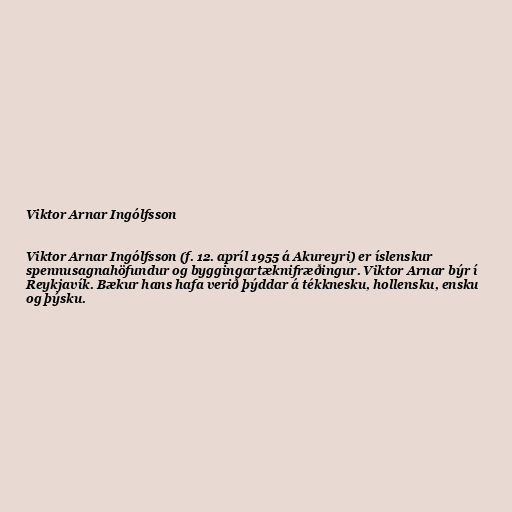
Viktor Arnar Ingólfsson

Viktor Arnar Ingólfsson (f. 12. apríl 1955 á Akureyri) er íslenskur
spennusagnahöfundur og byggingartæknifræðingur. Viktor Arnar býr í
Reykjavík. Bækur hans hafa verið þýddar á tékknesku, hollensku, ensku
og þýsku.